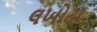
લખોટા